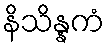
နိသိန္နကံ